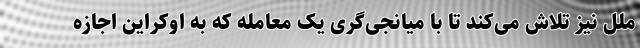
ملل نیز تلاش می‌کند تا با میانجی‌گری یک معامله که به اوکراین اجازه